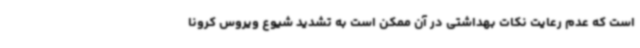
است که عدم رعایت نکات بهداشتی در آن ممکن است به تشدید شیوع ویروس کرونا